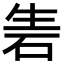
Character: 𥑦